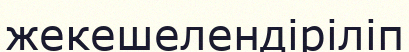
жекешелендіріліп